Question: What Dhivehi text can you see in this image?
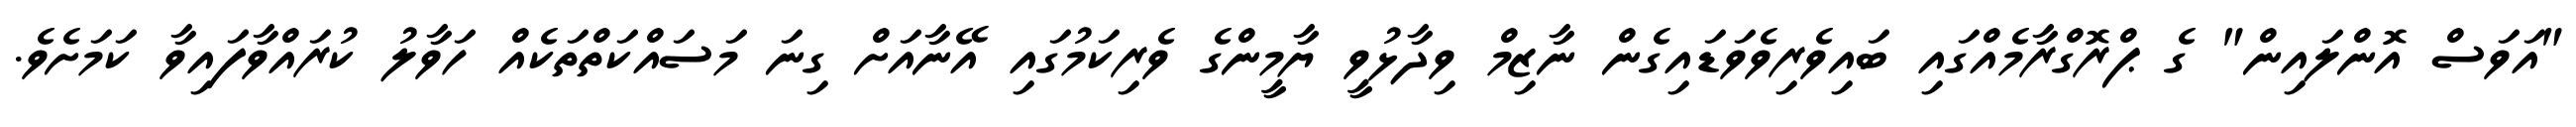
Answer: "އަވަސް އޮންލައިން" ގެ ޕްރޮގްރާމެއްގައި ބައިވެރިވެވަޑައިގެން ނާޒިމް ވިދާޅުވީ ޔާމީންގެ ވެރިކަމުގައި އޭނާއަށް ގިނަ މަސައްކަތްތަކެއް ހަވާލު ކުރައްވާފައިވާ ކަމަށެވެ.